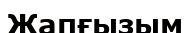
Жапғызым